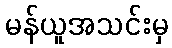
မန်ယူအသင်းမှ